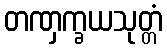
တဏှက္ခယသုတ္တံ